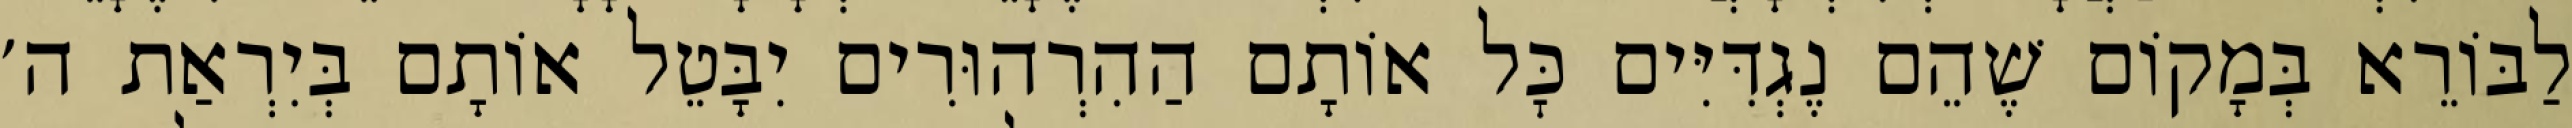
לַבּוֹרֵא בְּמָקוֹם שֶׁהֵם נֶגְדִּיִּים כׇּל אוֹתָם הַהִרְהוּרִים יִבָּטֵל אוֹתָם בְּיִרְאַת ה׳